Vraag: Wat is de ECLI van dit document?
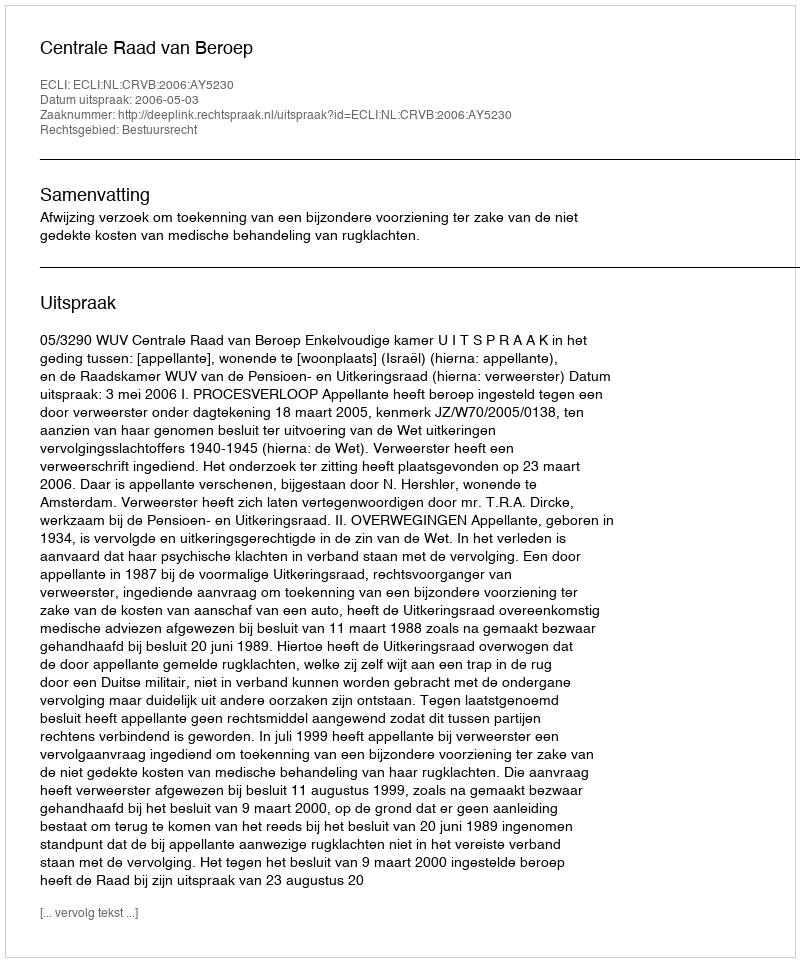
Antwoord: ECLI:NL:CRVB:2006:AY5230